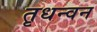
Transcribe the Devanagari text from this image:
तृधन्वन